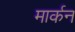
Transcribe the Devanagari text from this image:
मार्कन